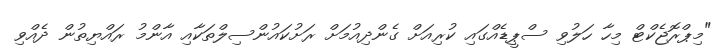
"މިޕްރޮޖެކްޓް މިހާ ހަލުވި ސްޕީޑެއްގައި ކުރިއަށް ގެންދިއުމަށް ރަށުކައުންސިލްތަކާއި އާންމު ރައްޔިތުން ދެއްވި